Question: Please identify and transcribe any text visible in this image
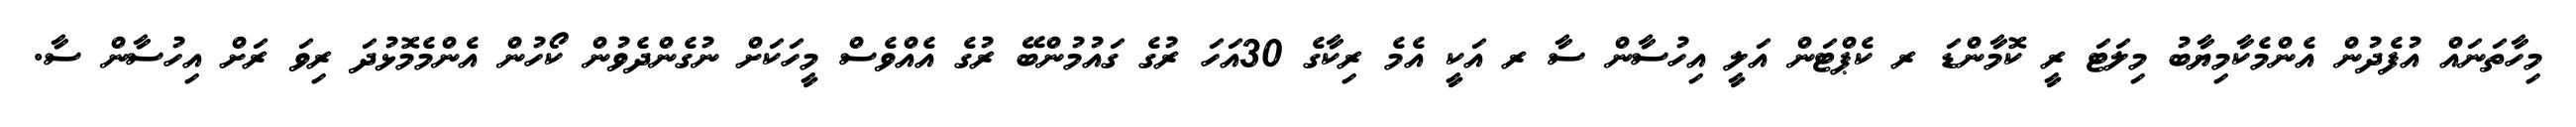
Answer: މިހާތަނައް އުފެދުން އެންމެކާމިޔާބު މިލަޓަ ރީ ކޮމާންޑަ ރ ކެޕްޓަން އަލީ އިހުސާން ސާ ރ އަކީ އެމެ ރިކާގެ 30އަހަ ރުގެ ގައުމުންބޭ ރުގެ އެއްވެސް މީހަކަށް ނުގެންދެވުން ކޯހުން އެންމެމޮޅުދަ ރިވަ ރަށް އިހުސާން ސާ.